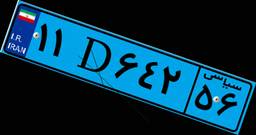
۱۱D۶۴۲۵۶